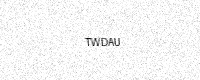
Text: TWDAU